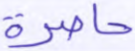
حاصرة